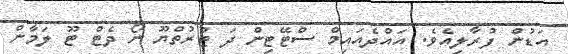
އަޑުން ފުރާލިއެވެ. އައްދެއައިމް ސްޓޭޓިން ދަ ޓުރުތްޔޫ ނޯ ދެޓް ޓޫ ލަމާން